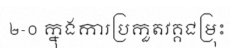
២-០ ក្នុងការប្រកួតវគ្គជម្រុះ